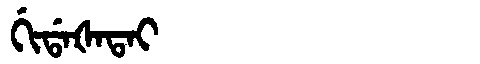
Manchu: ᡤᡳᡩᠠᡧᠠᡨᠠᡳ
Romanization: GIDAŠATAI